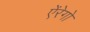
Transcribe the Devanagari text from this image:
ऐंरेगो